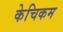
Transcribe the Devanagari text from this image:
केचिकम